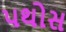
પથોસ